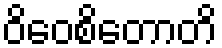
ဝိဝေစိတောတိ